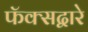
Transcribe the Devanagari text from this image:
फॅक्सद्वारे